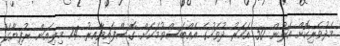
މެދުވެރިކޮށް އަލުން 50 އަހަރު ދުވަހުގެ އެއްބަސްވުމަކަށް ގޮސްފައިވާއިރު 74 މިލިއަން ރުފިޔާގެ